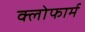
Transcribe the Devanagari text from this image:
क्लोफार्म